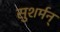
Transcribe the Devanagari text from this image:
सुशर्मन्